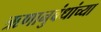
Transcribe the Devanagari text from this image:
ऋणानुबंधांच्या